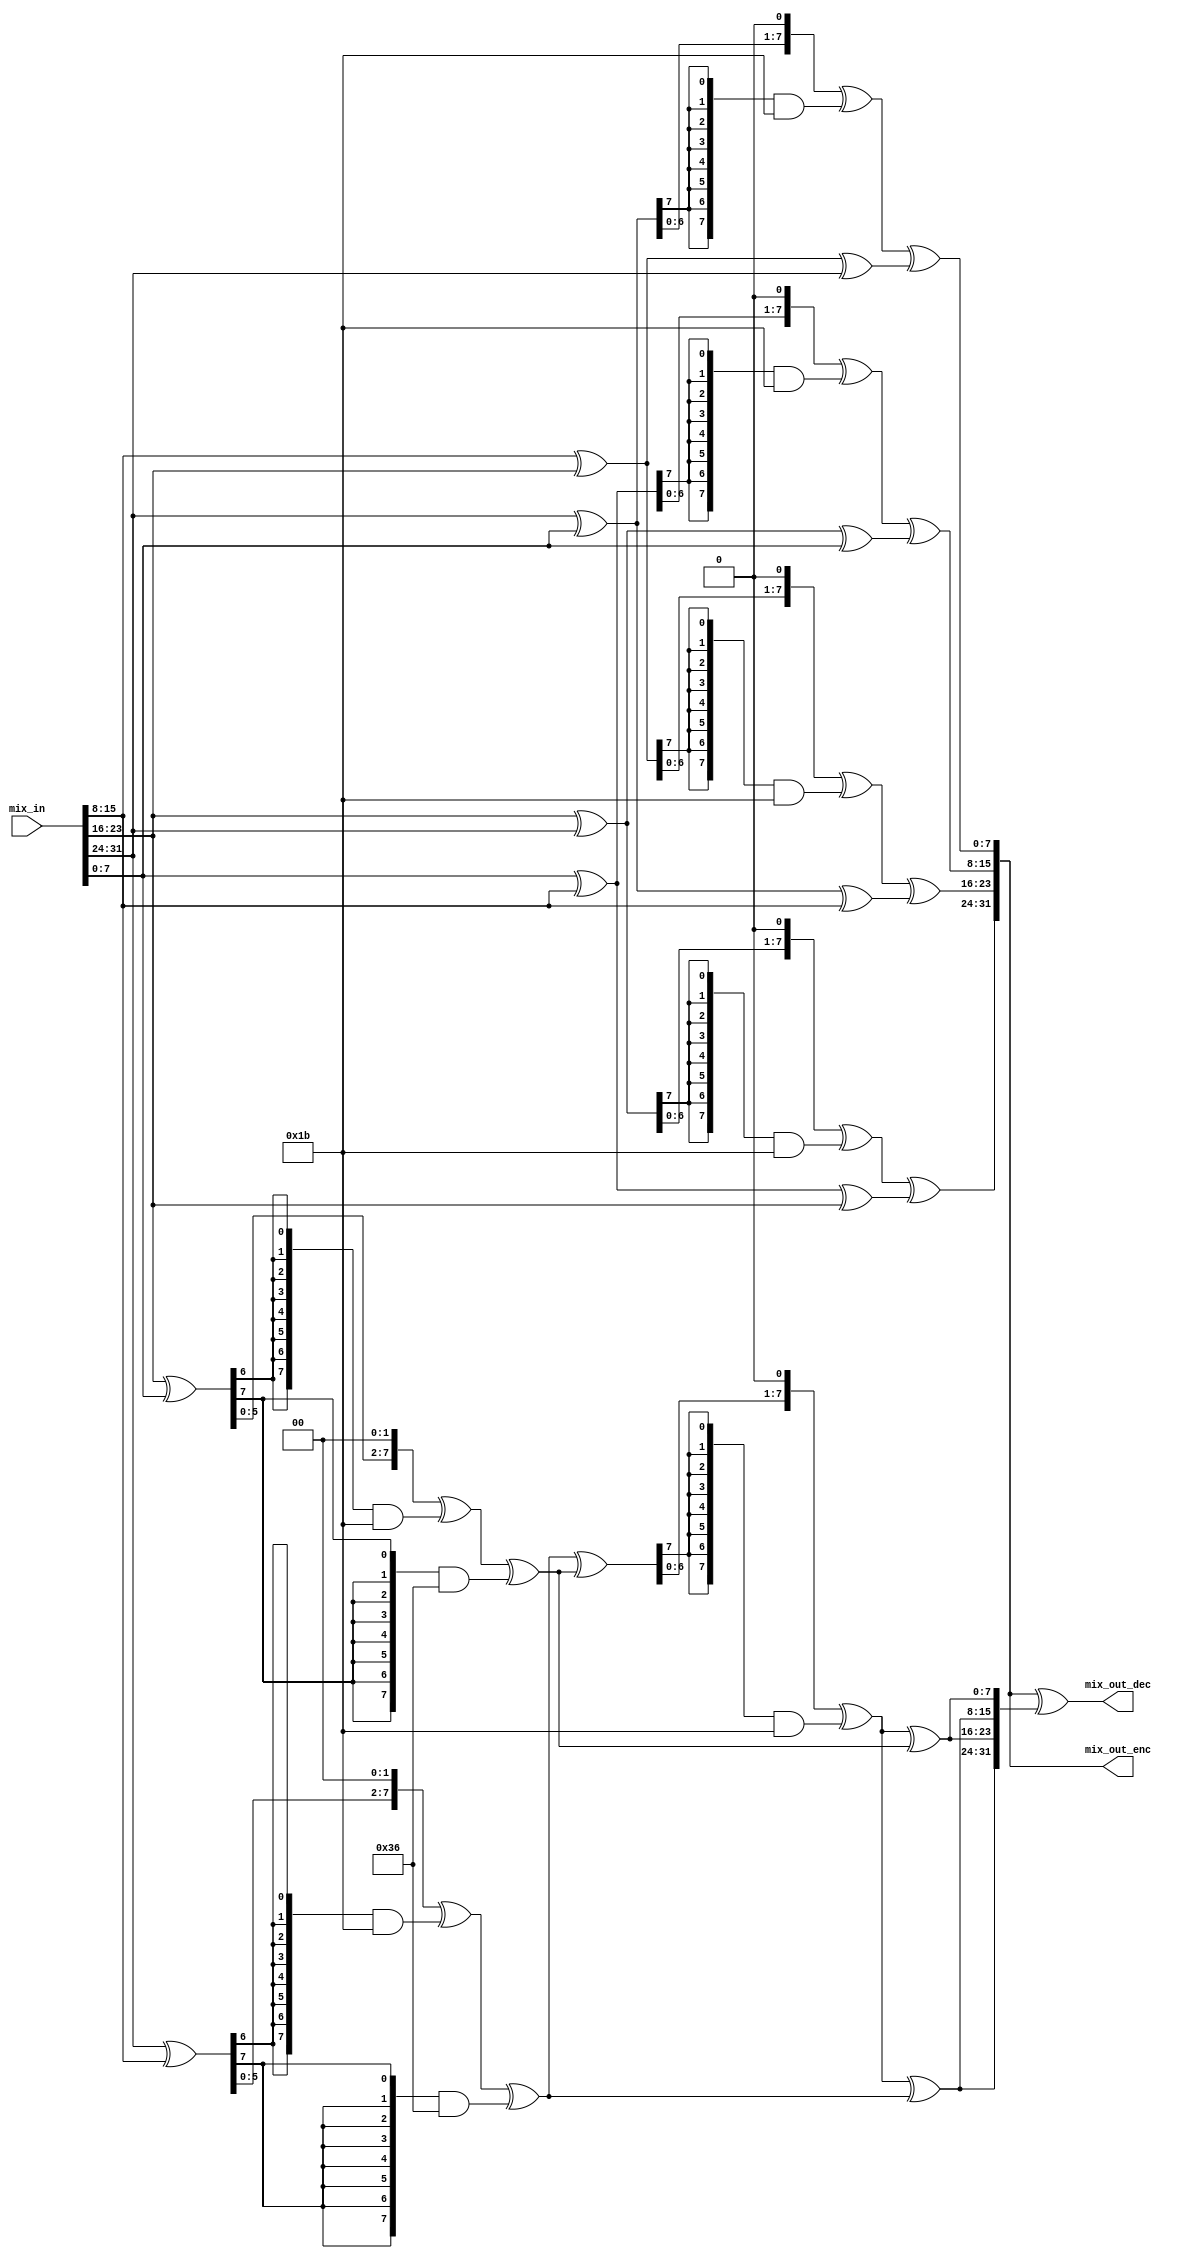
module mix_columns
(
	output [31:0] mix_out_enc,
	output [31:0] mix_out_dec,
	input  [31:0] mix_in
);
localparam integer SIZE      = 32;
localparam integer WORD_SIZE = 8;
localparam integer NUM_WORDS = 4;
wire [WORD_SIZE - 1 : 0] col  [0 : NUM_WORDS - 1];
wire [WORD_SIZE - 1 : 0] sum_p[0 : NUM_WORDS - 1];
wire [WORD_SIZE - 1 : 0] y    [0 : NUM_WORDS - 2];
function [7:0] aes_mult_02;
  input [7:0] data_in;
  begin
    aes_mult_02 = (data_in << 1) ^ {8{data_in[7]}} & 8'h1b;
  end
endfunction
function [7:0] aes_mult_04;
  input [7:0] data_in;
  begin
    aes_mult_04 = ((data_in << 2) ^ {8{data_in[6]}} & 8'h1b) ^ {8{data_in[7]}} & 8'h36;
  end
endfunction
generate
	genvar i;
	for(i = 0 ; i < NUM_WORDS; i = i + 1)
	begin:WBT
		assign col[i] = mix_in[WORD_SIZE*(i + 1) - 1: WORD_SIZE*i];
	end
endgenerate
generate
	genvar j;
	for(j = 0; j < NUM_WORDS; j = j + 1)
		begin:DMCO
			assign sum_p[j] = col[(j + 1)%NUM_WORDS] ^ col[(j + 2)%NUM_WORDS] ^ col[(j + 3)%NUM_WORDS];
			assign mix_out_enc[ WORD_SIZE*(j + 1) - 1 : WORD_SIZE*j] = aes_mult_02(col[j] ^ col[(j + NUM_WORDS - 1)%NUM_WORDS]) ^ sum_p[j];
		end
endgenerate
assign y[0] = aes_mult_04(col[2] ^ col[0]); 
assign y[1] = aes_mult_04(col[3] ^ col[1]);
assign y[2] = aes_mult_02(  y[1] ^   y[0]);  
assign mix_out_dec = mix_out_enc ^ {2{y[2] ^ y[1], y[2] ^ y[0]}};
endmodule